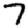
Digit: 7